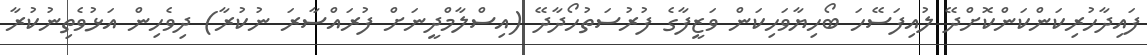
ފައިދާހުރިކަންކަންކޮށްދޭ ލުއިފަސޭހަ ބޯހިޔާވަހިކަން ވަޒީފާގެ ފުރުސަތުހޯދާދޭ (އިސްލާމްދީނަށް ފުރައްސާރަ ނުކުރާ) ދިވެހިން އަޅުވެތިނުކުރާ